Trukikaitis_Postimees, lk 21
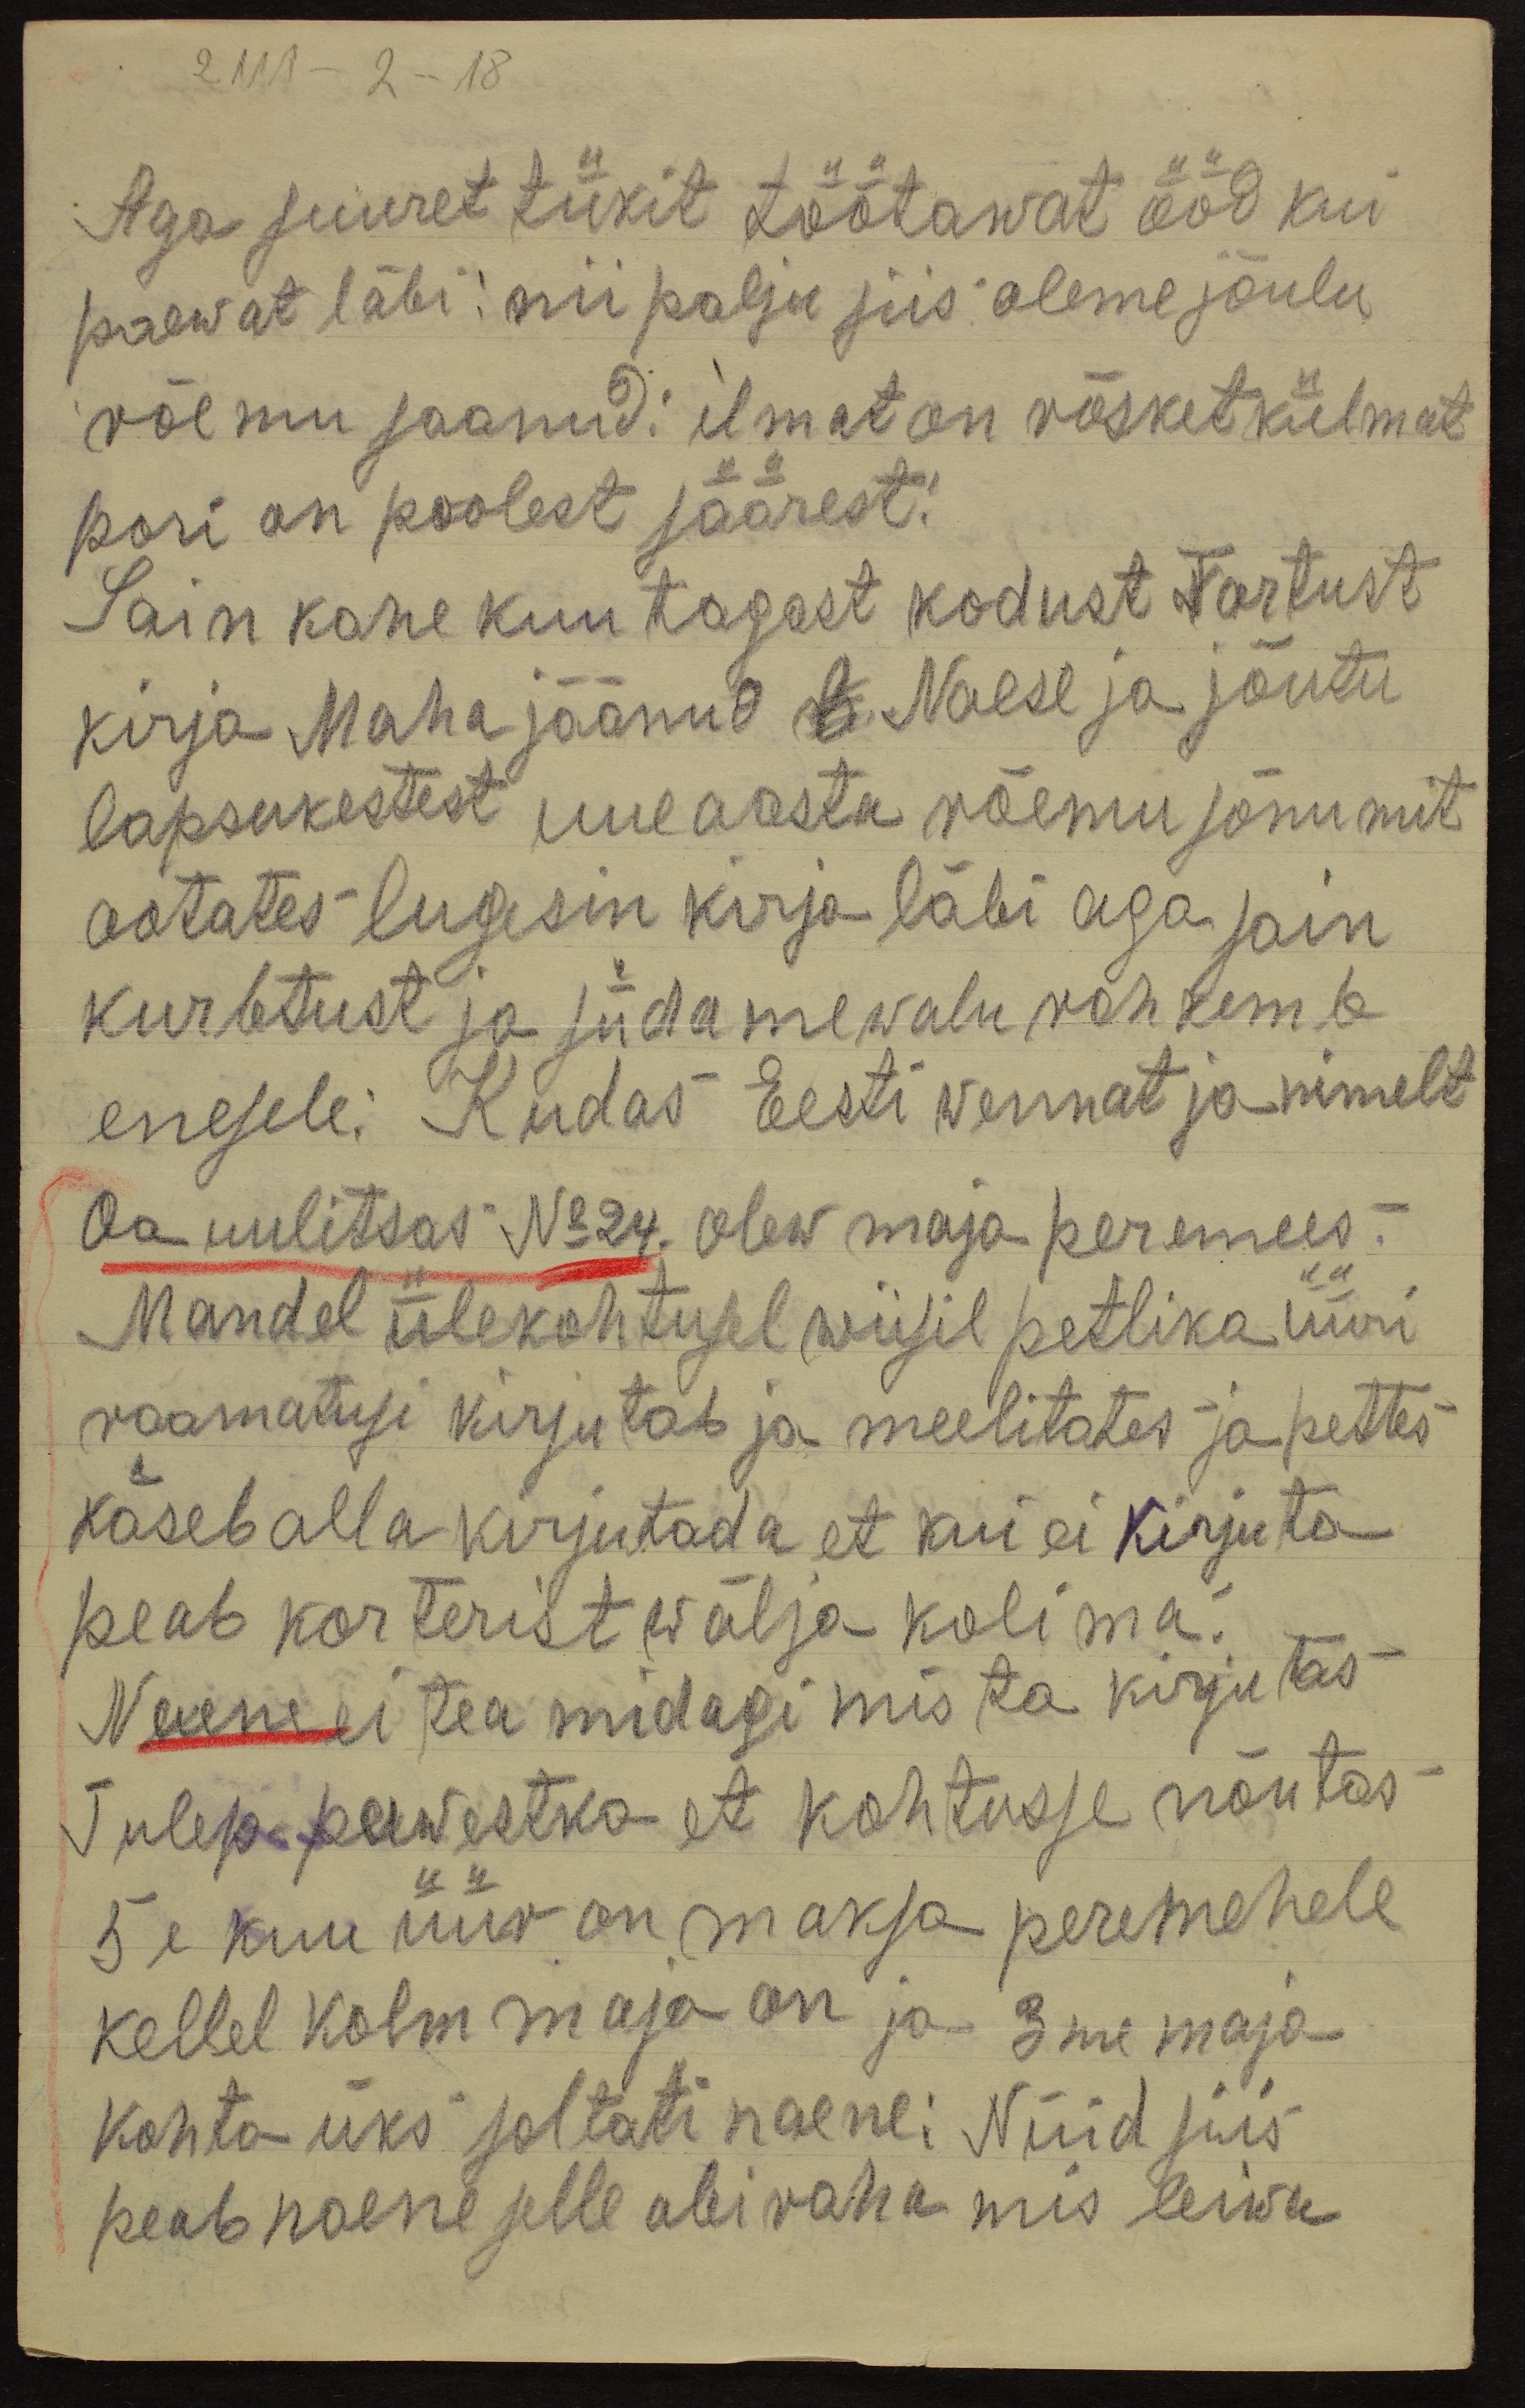
2111 – 2 – 18
Aga suuret tükit töötawat ööd kui
päewat läbi: nii palju siis olime jõulu
võemu saanud: ilmat on rasket külmat
pori on poolest säärest!
Sain kahe kuu tagast kodust Tartust
kirja Maha jäänud # Naese ja jõutu
lapsukestest uue aasta rõemu sõnumit
ootates lugesin kirja läbi aga sain
kurbtust ja südamewalu rohkemb
enesele. Kudas Eesti wennat ja nimelt
Oa uulitsas Nr 24. olew maja peremees
Mandel ülekohtusel wiisil petlika üüri
raamatusi kirjutab ja meelitates ja pettes
käseb alla kirjutada et kui ei kirJuta
peab korterist wälja kolima:
Naene ei tea midagi mis ta kirjutas
Tulep peewestko et kohtusse nõutas
5e kuu üür on maksa peremehele
kellel kolm maja on ja 3me maja
kohta üks soltati naene. Nüid siis
peab naene selle abiraha mis leiwa